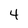
Character: 4